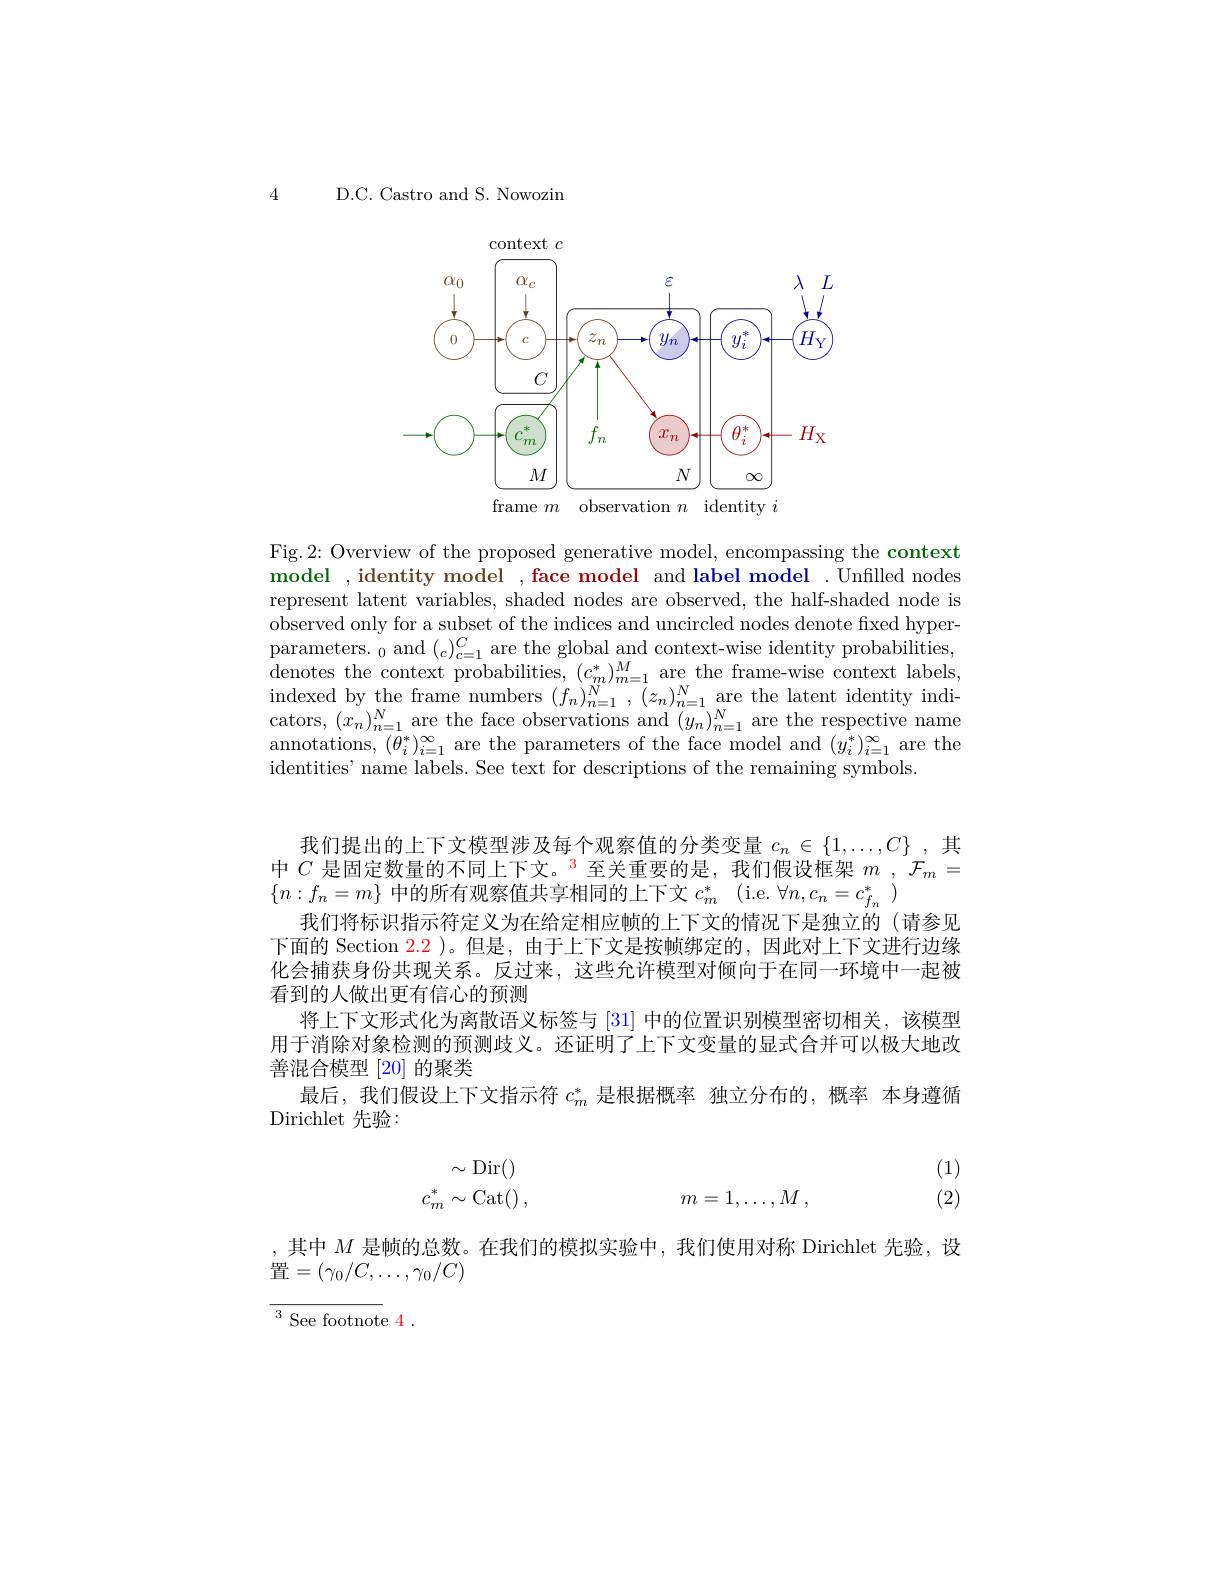
4

D.C. Castro and S. Nowozin

<FigureHere>
$m$
$n$

Fig.2: Overview of the proposed generative model, encompassing the context model , identity model , face model and label model . Unfilled nodes represent latent variables, shaded nodes are observed, the half-shaded node is observed only for a subset of the indices and uncircled nodes denote fixed hyperparameters. $_0$ and $(_c)_{c=1}^C$ are the global and context-wise identity probabilities, denotes the context probabilities, $(c_{m}^{*})_{m=1}^{M}$ are the frame-wise context labels, $\begin{array}{c}{\mathrm{indexed~by~the~frame~numbers~}(f_{n})_{n=1}^{N},(z_{n})_{n=1}^{N}\text{are the latent identity indi-}}\\{\mathrm{ators~}(x)^{N}\text{ora tho fooo oborvations ond}(u)^{N}\text{oro tho ronotivo nd}(u)^{N}\text{oro tho ronotivo nd}(u)^{N}\text{oro tho ronotivo nod}(u)^{N}\text{oro tho ro}}\end{array}$ cators, $(x_n)_{n=1}^{N}$are the face observations and $(y_n)_{n=1}^{N}$ are the respective name annotations, $(\theta_{i}^{*})_{i=1}^{\infty}$ are the parameters of the face model and $(\bar{y_{i}^{*}})_{i=1}^{\infty}$ are the identities' name labels. See text for descriptions of the remaining symbols.

我们提出的上下文模型涉及每个观察值的分类变量$c_n\in\{1,\ldots,C\}$ ,其中$C\text{ 是固定数量的不同上下文。}^{\color{red}{3}}$至关重要的是，我们假设框架$m_{\mathrm{~,}}\mathcal{F}_{m}=$ $\{n:f_n=m\}$中的所有观察值共享相同的上下文$c_m^*$ (i.e. $\forall n,c_n=c_{f_n}^*$
我们将标识指示符定义为在给定相应帧的上下文的情况下是独立的(请参见下面的 Section $\color{red}{2.2}$ )。但是，由于上下文是按帧绑定的，因此对上下文进行边缘化会捕获身份共现关系。反过来，这些允许模型对倾向于在同一环境中一起被看到的人做出更有信心的预测
将上下文形式化为离散语义标签与 [31] 中的位置识别模型密切相关，该模型用于消除对象检测的预测歧义。还证明了上下文变量的显式合并可以极大地改善混合模型 [20] 的聚类
最后，我们假设上下文指示符$c_m^*$是根据概率 独立分布的，概率 本身遵循
Dirichlet 先验：

(1)
$$\begin{array}{rcl}&&\sim\mathrm{Dir}()\\c_m^*\sim\mathrm{Cat}()\:,&&m=1,\dots,M\:,\end{array}$$
(2)

,其中$M$是帧的总数。在我们的模拟实验中，我们使用对称 Dirichlet 先验，设
置$=(\gamma_0/C,\ldots,\gamma_0/C)$

${\frac{{^3}{\mathrm{~See~footnot}}}}$e 4